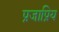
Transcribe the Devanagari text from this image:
प्रजाप्रिय